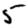
Digit: 5